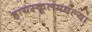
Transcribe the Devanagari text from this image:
हायस्कूलमधल्या